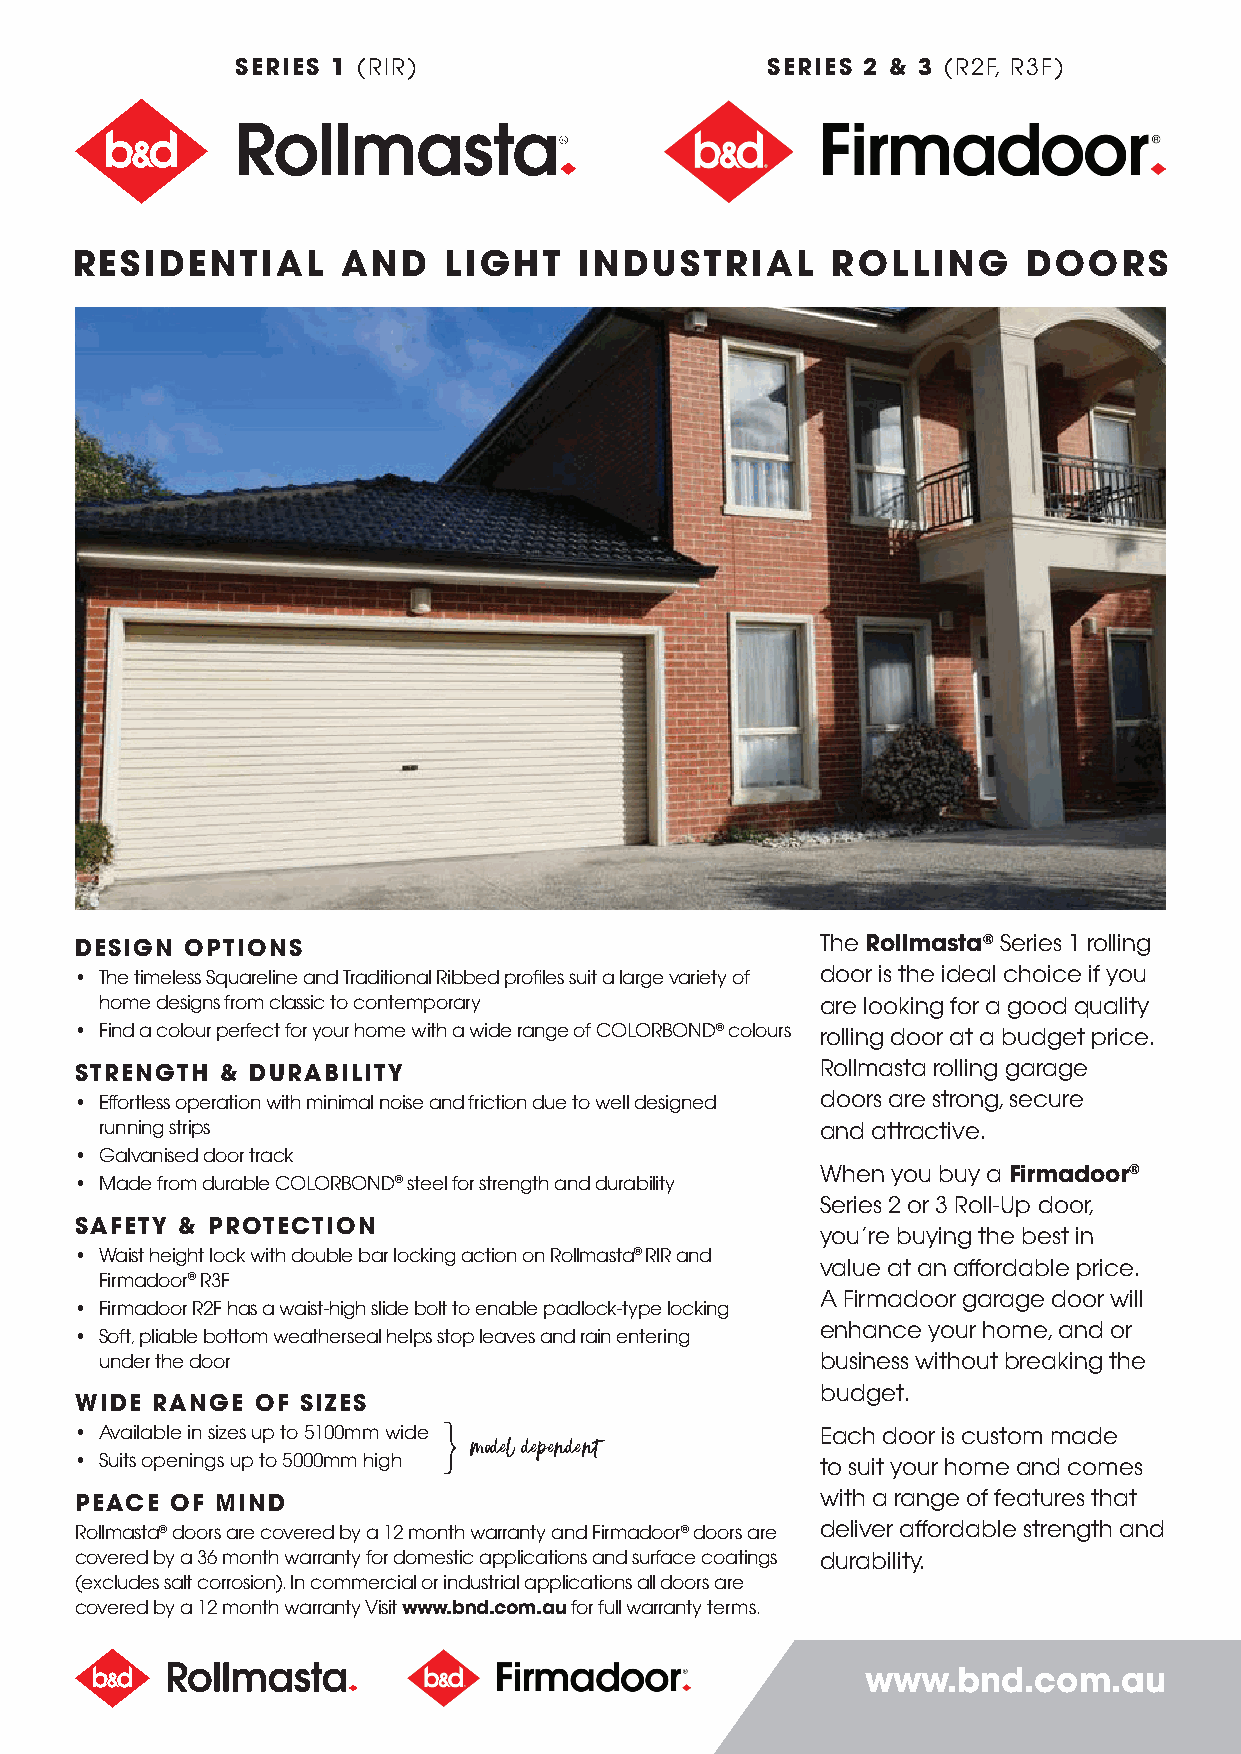
SERIES 1 (RIR)                     SERIES 2 & 3 (R2F, R3F)
 RESIDENTIAL       AND   LIGHT    INDUSTRIAL       ROLLING      DOORS
 DESIGN OPTIONS                                   The Rollmasta® Series 1 rolling
 • The timeless Squareline and Traditional Ribbed profiles suit a large variety of door is the ideal choice if you
 home designs from classic to contemporary      are looking for a good quality
 • Find a colour perfect for your home with a wide range of COLORBOND® colours rolling door at a budget price.
 STRENGTH  & DURABILITY                           Rollmasta rolling garage
 • Effortless operation with minimal noise and friction due to well designed doors are strong, secure
 running strips                                 and attractive.
 • Galvanised door track
 When you buy a Firmadoor®
 • Made from durable COLORBOND® steel for strength and durability
 Series 2 or 3 Roll-Up door,
 SAFETY & PROTECTION
 you’re buying the best in
 • Waist height lock with double bar locking action on Rollmasta® RIR and
 value at an affordable price.
 Firmadoor® R3F
 A Firmadoor garage door will
 • Firmadoor R2F has a waist-high slide bolt to enable padlock-type locking
 enhance your home, and or
 • Soft, pliable bottom weatherseal helps stop leaves and rain entering
 under the door                                 business without breaking the
 budget.
 WIDE RANGE  OF SIZES
 • Available in sizes up to 5100mm wide }         Each door is custom made
 model dependent
 • Suits openings up to 5000mm high               to suit your home and comes
 PEACE OF MIND                                    with a range of features that
 Rollmasta® doors are covered by a 12 month warranty and Firmadoor® doors are deliver affordable strength and
 covered by a 36 month warranty for domestic applications and surface coatings durability.
 (excludes salt corrosion). In commercial or industrial applications all doors are
 covered by a 12 month warranty Visit www.bnd.com.au for full warranty terms.
 www.bnd.com.au